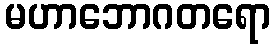
မဟာဘောဂတရော